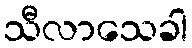
သီလာသေခါ